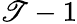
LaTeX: \mathscr{T}-1